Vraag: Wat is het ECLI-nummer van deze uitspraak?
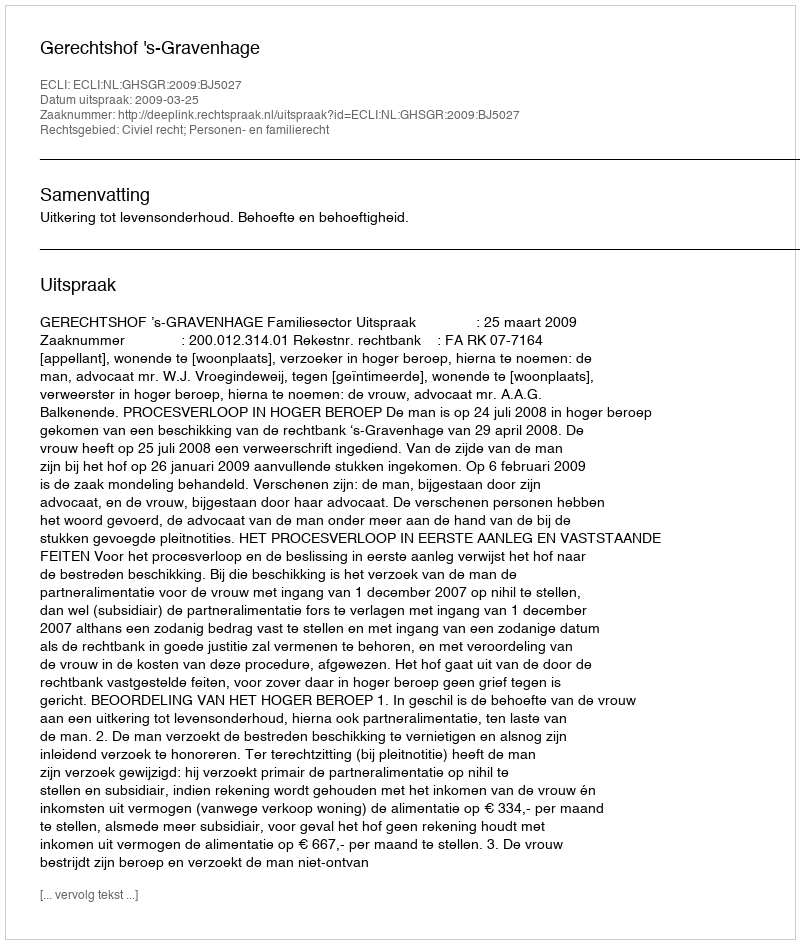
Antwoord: ECLI:NL:GHSGR:2009:BJ5027